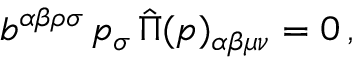
b ^ { \alpha \beta \rho \sigma } \, p _ { \sigma } \, \hat { \Pi } ( p ) _ { \alpha \beta \mu \nu } = 0 \, ,